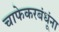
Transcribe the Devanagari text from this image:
चाफेकरबंधूंना